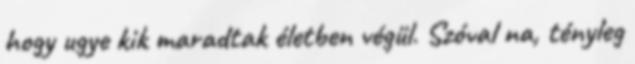
hogy ugye kik maradtak életben végül. Szóval na, tényleg